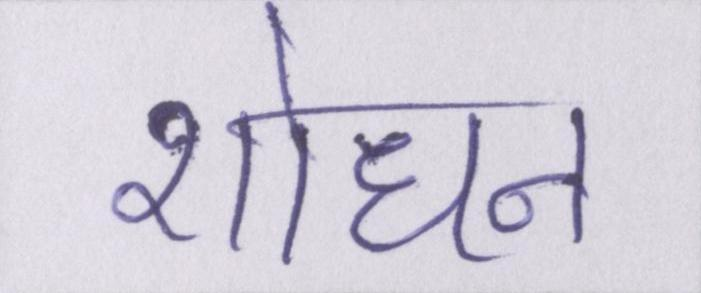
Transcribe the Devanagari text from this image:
शोधन